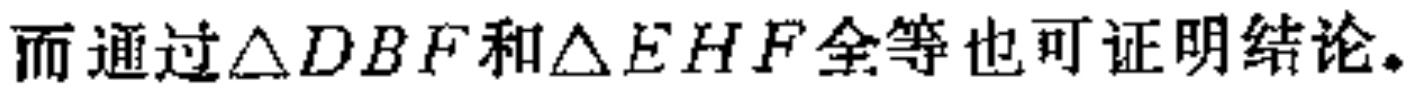
而通过$\triangle DBF$和$\triangle EHF$全等也可证明结论。